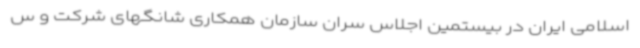
اسلامی ایران در بیستمین اجلاس سران سازمان همکاری شانگهای شرکت و س